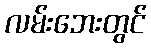
လမ်းဘေးတွင်